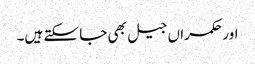
اور حکمراں جیل بھی جا سکتے ہیں۔